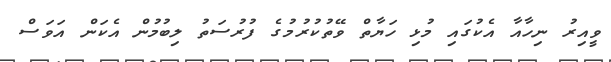
ވީއިރު ނިހާއާ އެކުގައި މުޅި ހަޔާތް ވޭތުކުރުމުގެ ފުރުސަތު ލިބުމުން އެކަން އަވަސް